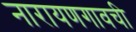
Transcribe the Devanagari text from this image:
नारायणगावची